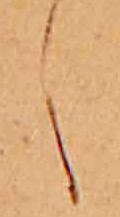
し